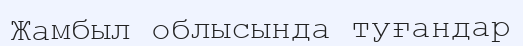
Жамбыл облысында туғандар